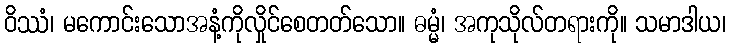
ဝိဿံ၊ မကောင်းသောအနံ့ကိုလှိုင်စေတတ်သော။ ဓမ္မံ၊ အကုသိုလ်တရားကို။ သမာဒါယ၊